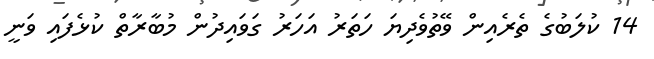
14 ކުލަބުގެ ތެރެއިން ވޭތުވެދިޔަ ހަތަރު އަހަރު ގަވައިދުން މުބާރާތް ކުޅެފައި ވަނީ